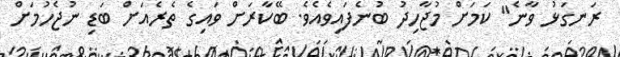
ރަނގަޅު ވާނެ" ކަމަށް މުޖާހިދު ބުނެފައިވެއެވެ. ބޭކާރަށް ވައިގެ ތެރެއަށް ބަޑި ނުޖެހުމަށް